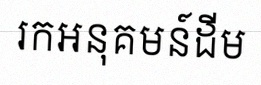
រកអនុគមន៍ដើម